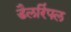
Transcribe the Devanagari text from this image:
डैलरिंपल